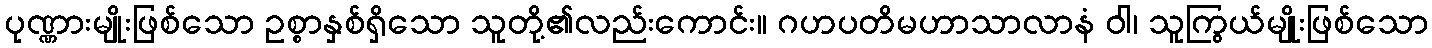
ပုဏ္ဏားမျိုးဖြစ်သော ဥစ္စာနှစ်ရှိသော သူတို့၏လည်းကောင်း။ ဂဟပတိမဟာသာလာနံ ဝါ၊ သူကြွယ်မျိုးဖြစ်သော